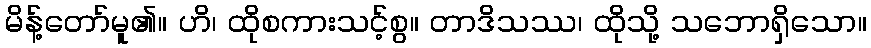
မိန့်တော်မူ၏။ ဟိ၊ ထိုစကားသင့်စွ။ တာဒိသဿ၊ ထိုသို့ သဘောရှိသော။